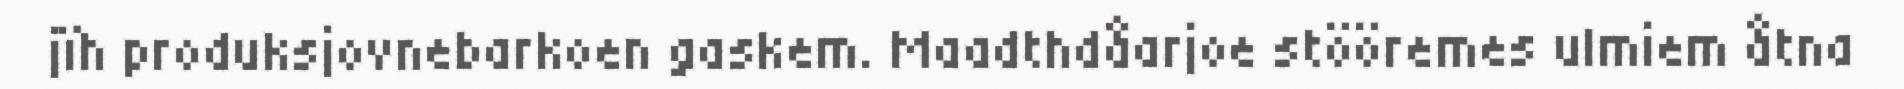
jïh produksjovnebarkoen gaskem. Maadthdåarjoe stööremes ulmiem åtna